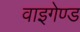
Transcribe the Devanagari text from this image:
वाइगेण्ड